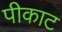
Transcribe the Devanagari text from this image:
पीकाट